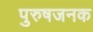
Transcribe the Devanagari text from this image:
पुरुषजनक